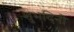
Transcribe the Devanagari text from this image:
शुभदिनीं